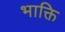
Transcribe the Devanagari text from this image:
भाक्ति